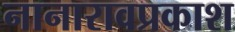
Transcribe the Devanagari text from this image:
नानारावप्रकाश